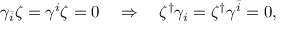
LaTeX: \gamma _ { \bar { i } } \zeta = \gamma ^ { i } \zeta = 0 \quad \Rightarrow \quad \zeta ^ { \dag } \gamma _ { i } = \zeta ^ { \dag } \gamma ^ { \bar { i } } = 0 ,